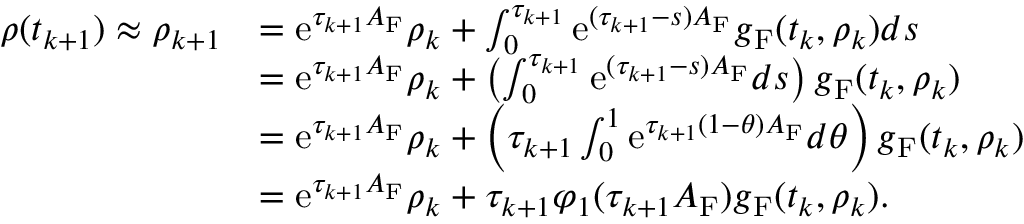
\begin{array} { r l } { \boldsymbol \rho ( t _ { k + 1 } ) \approx \boldsymbol \rho _ { k + 1 } } & { = \mathrm { e } ^ { \tau _ { k + 1 } A _ { \mathrm { F } } } \boldsymbol \rho _ { k } + \int _ { 0 } ^ { \tau _ { k + 1 } } \mathrm { e } ^ { ( \tau _ { k + 1 } - s ) A _ { \mathrm { F } } } \boldsymbol g _ { \mathrm { F } } ( t _ { k } , \boldsymbol \rho _ { k } ) d s } \\ & { = \mathrm { e } ^ { \tau _ { k + 1 } A _ { \mathrm { F } } } \boldsymbol \rho _ { k } + \left( \int _ { 0 } ^ { \tau _ { k + 1 } } \mathrm { e } ^ { ( \tau _ { k + 1 } - s ) A _ { \mathrm { F } } } d s \right) \boldsymbol g _ { \mathrm { F } } ( t _ { k } , \boldsymbol \rho _ { k } ) } \\ & { = \mathrm { e } ^ { \tau _ { k + 1 } A _ { \mathrm { F } } } \boldsymbol \rho _ { k } + \left( \tau _ { k + 1 } \int _ { 0 } ^ { 1 } \mathrm { e } ^ { \tau _ { k + 1 } ( 1 - \theta ) A _ { \mathrm { F } } } d \theta \right) \boldsymbol g _ { \mathrm { F } } ( t _ { k } , \boldsymbol \rho _ { k } ) } \\ & { = \mathrm { e } ^ { \tau _ { k + 1 } A _ { \mathrm { F } } } \boldsymbol \rho _ { k } + \tau _ { k + 1 } \varphi _ { 1 } ( \tau _ { k + 1 } A _ { \mathrm { F } } ) \boldsymbol g _ { \mathrm { F } } ( t _ { k } , \boldsymbol \rho _ { k } ) . } \end{array}